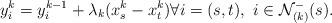
LaTeX: \begin{align*} y^{k}_{i}=y^{k-1}_{i}+\lambda_{k} (x_{s}^{k}-x_{t}^{k}) \forall i=(s,t), \ i \in \mathcal{N}^{-}_{(k)}(s).\end{align*}